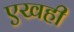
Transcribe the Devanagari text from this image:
एखही